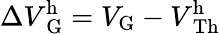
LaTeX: \Delta V\mathrm{_G^{h}}=V_{\mathrm{G}}-V\mathrm{_{Th}^{h}}